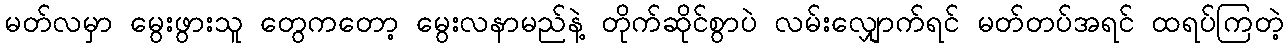
မတ်လမှာ မွေးဖွားသူ တွေကတော့ မွေးလနာမည်နဲ့ တိုက်ဆိုင်စွာပဲ လမ်းလျှောက်ရင် မတ်တပ်အရင် ထရပ်ကြတဲ့